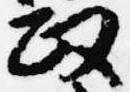
政